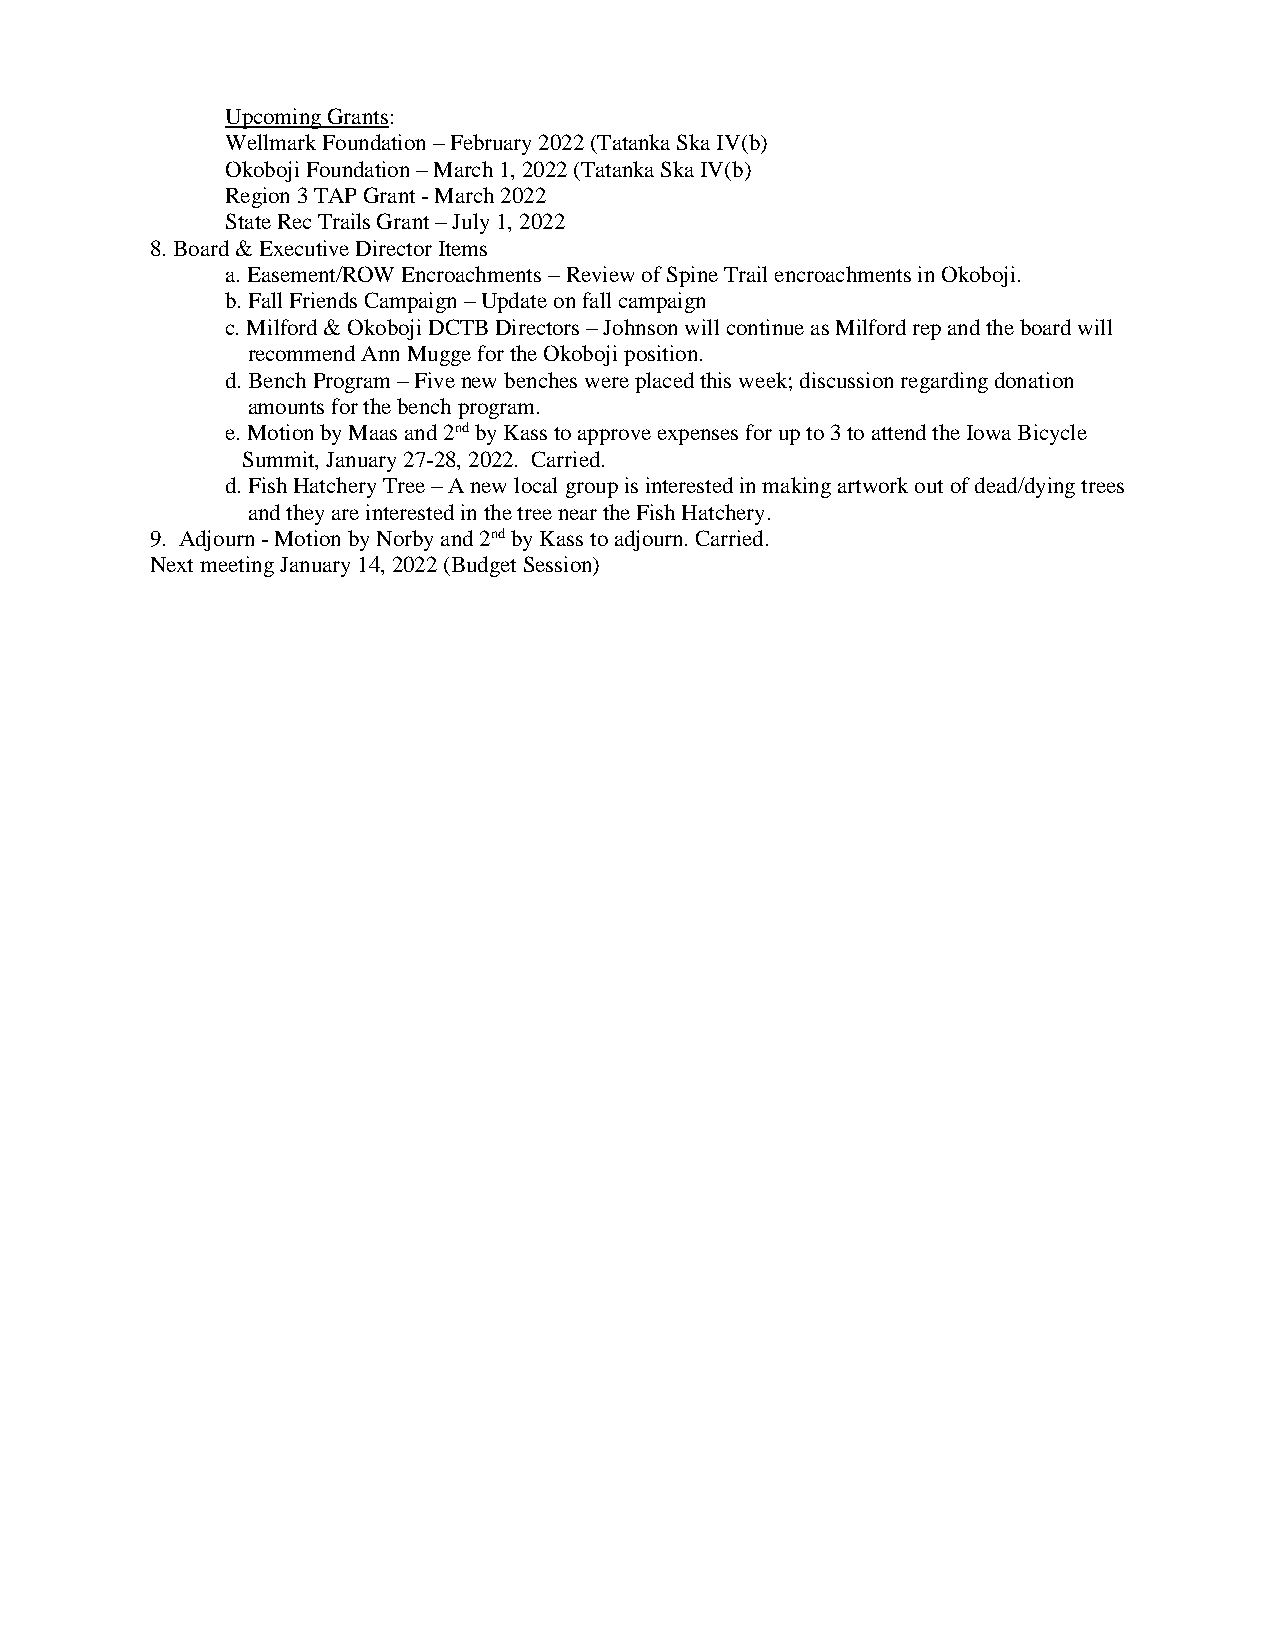
Upcoming Grants:
 Wellmark Foundation – February 2022 (Tatanka Ska IV(b)
 Okoboji Foundation – March 1, 2022 (Tatanka Ska IV(b)
 Region 3 TAP Grant - March 2022
 State Rec Trails Grant – July 1, 2022
 8. Board & Executive Director Items
 a. Easement/ROW Encroachments – Review of Spine Trail encroachments in Okoboji.
 b. Fall Friends Campaign – Update on fall campaign
 c. Milford & Okoboji DCTB Directors – Johnson will continue as Milford rep and the board will
 recommend Ann Mugge for the Okoboji position.
 d. Bench Program – Five new benches were placed this week; discussion regarding donation
 amounts for the bench program.
 e. Motion by Maas and 2nd by Kass to approve expenses for up to 3 to attend the Iowa Bicycle
 Summit, January 27-28, 2022. Carried.
 d. Fish Hatchery Tree – A new local group is interested in making artwork out of dead/dying trees
 and they are interested in the tree near the Fish Hatchery.
 9. Adjourn - Motion by Norby and 2nd by Kass to adjourn. Carried.
 Next meeting January 14, 2022 (Budget Session)